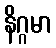
နိဂ္ဂမာ